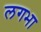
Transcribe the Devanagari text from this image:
लगभा